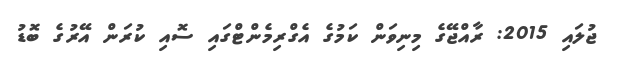
ޖުލައި 2015: ރާއްޖޭގެ މިނިވަން ކަމުގެ އެގްރިމެންޓްގައި ސޮއި ކުރަން އޭރުގެ ބޮޑު